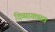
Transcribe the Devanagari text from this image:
दिव्यागछात्र